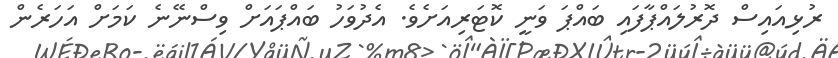
ރުޅިއައިސް ދޮރުލައްޕާފައި ބައްޕަ ވަނީ ކޮޓަރިއަށެވެ. އެދުވަހު ބައްޕައަށް ވިސްނޭނެ ކަމަށް އަހަރެން